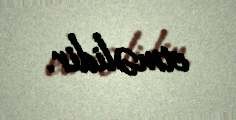
etməlidir.